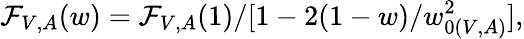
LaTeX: {\mathcal F}_{V,A}(w)={\mathcal F}_{V,A}(1)/[1-2(1-w)/w_{0(V,A)}^{2}],